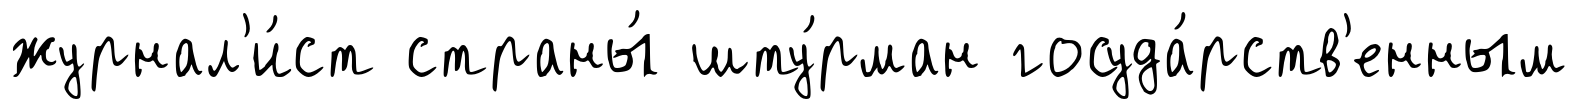
журнал'и́ст страны́ шту́рман госуда́рств'енным